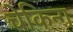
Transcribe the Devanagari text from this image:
चेकिन्ग